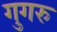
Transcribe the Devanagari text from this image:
गुगरु